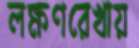
লক্ষণরেখায়